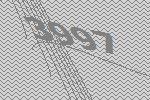
3997